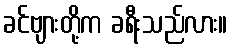
ခင်ဗျားတို့က ခရီးသည်လား။